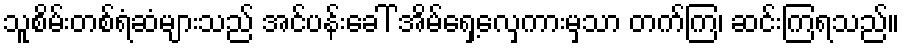
သူစိမ်းတစ်ရံဆံများသည် အင်ပန်းခေါ် အိမ်ရှေ့လှေကားမှသာ တက်ကြ၊ ဆင်းကြရသည်။